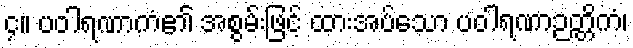
၄။ ပဝါရဏာကံ၏ အစွမ်းဖြင့် ထားအပ်သော ပဝါရဏာဉတ္တိကံ၊